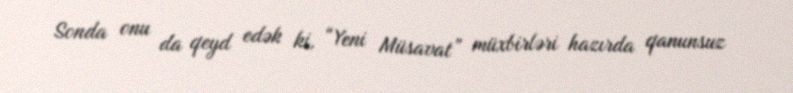
Sonda onu da qeyd edək ki, “Yeni Müsavat” müxbirləri hazırda qanunsuz